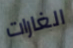
الغارات